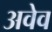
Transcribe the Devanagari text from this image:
अवेव